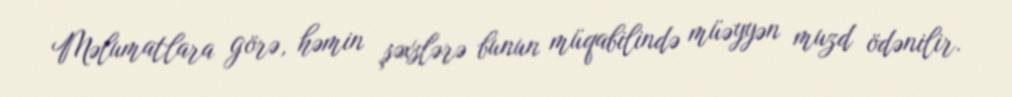
Məlumatlara görə, həmin şəxslərə bunun müqabilində müəyyən muzd ödənilir.